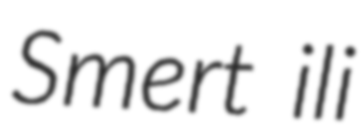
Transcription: Smert ili